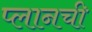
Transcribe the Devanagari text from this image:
प्लानची